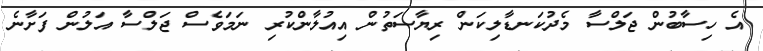
އެ ހިސާބުން ޖަލްސާ މެދުކަނޑާލިކަން ރިޔާސަތުން އިއުލާންކުރި ނަމަވެސް ޖަލްސާ އަލުން ފަށާނެ